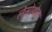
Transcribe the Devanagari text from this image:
लेसोथोला